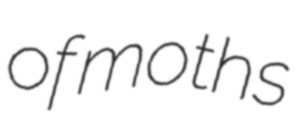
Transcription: of moths